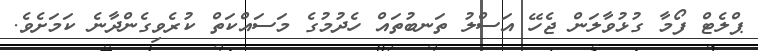
ޕްލެޓް ފޯމާ ގުޅުވާލަން ޖެހޭ އަސްލު ތަނބުތައް ހެދުމުގެ މަސައްކަތް ކުރެވިގެންދާނެ ކަމަށެވެ.